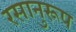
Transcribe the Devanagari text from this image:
रसानुरूप